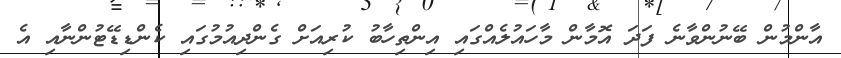
އާންމުން ބޭނުންވާނެ ފަދަ އޮމާން މާހައުލެއްގައި އިންތިހާބު ކުރިއަށް ގެންދިއުމުގައި ކެންޑިޑޭޓުންނާއި އެ